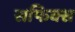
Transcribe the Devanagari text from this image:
सफिक्स